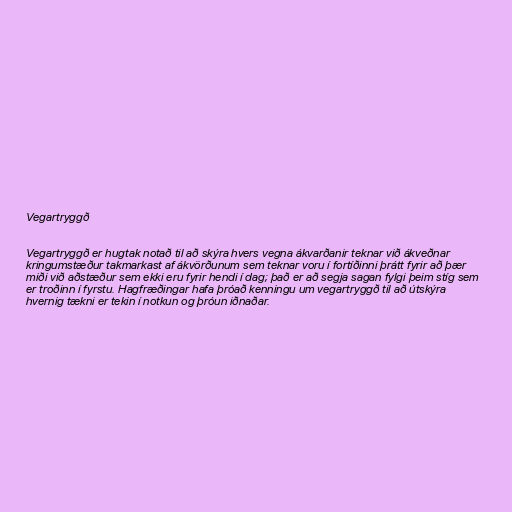
Vegartryggð

Vegartryggð er hugtak notað til að skýra hvers vegna ákvarðanir teknar við ákveðnar
kringumstæður takmarkast af ákvörðunum sem teknar voru í fortíðinni þrátt fyrir að þær
miði við aðstæður sem ekki eru fyrir hendi í dag; það er að segja sagan fylgi þeim stíg sem
er troðinn í fyrstu. Hagfræðingar hafa þróað kenningu um vegartryggð til að útskýra
hvernig tækni er tekin í notkun og þróun iðnaðar.